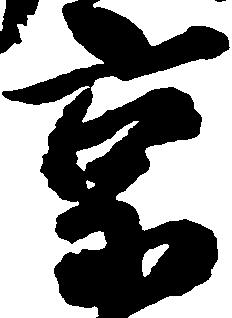
京